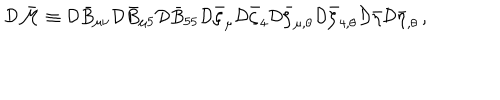
{ \cal D } \bar { \cal M } \equiv { \cal D } \bar { B } _ { \mu \nu } { \cal D } \bar { B } _ { \mu 5 } { \cal D } \bar { B } _ { 5 5 } { \cal D } \bar { \zeta } _ { \mu } { \cal D } \bar { \zeta } _ { 4 } { \cal D } \bar { \zeta } _ { \mu , \theta } { \cal D } \bar { \zeta } _ { 4 , \theta } { \cal D } \bar { \eta } { \cal D } \bar { \eta } _ { , \theta } \, ,